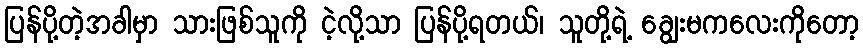
ပြန်ပို့တဲ့အခါမှာ သားဖြစ်သူကို ငဲ့လို့သာ ပြန်ပို့ရတယ်၊ သူတို့ရဲ့ ချွေးမကလေးကိုတော့